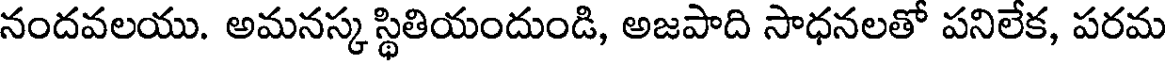
నందవలయు. అమనస్క స్థితియందుండి, అజపాది సాధనలతో పనిలేక, పరమ